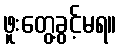
ဖူးတွေ့ခွင့်မရ။